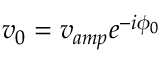
v _ { 0 } = v _ { a m p } e ^ { - i \phi _ { 0 } }